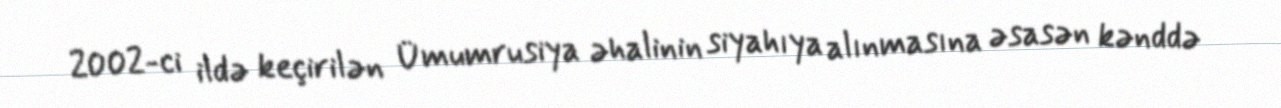
2002-ci ildə keçirilən Ümumrusiya əhalinin siyahıya alınmasına əsasən kənddə